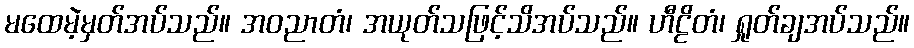
မထေမဲ့မှတ်အပ်သည်။ အဝညာတံ၊ အယုတ်သဖြင့်သိအပ်သည်။ ဟီဠိတံ၊ ရှုတ်ချအပ်သည်။